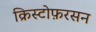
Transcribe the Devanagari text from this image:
क्रिस्टोफ़रसन